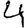
Digit: 4